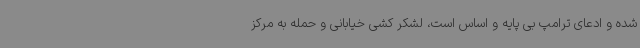
شده و ادعای ترامپ بی پایه و اساس است، لشکر کشی خیابانی و حمله به مرکز